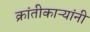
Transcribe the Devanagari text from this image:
क्रांतीकाऱ्यांनी